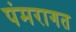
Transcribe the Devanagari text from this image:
पंमरागत